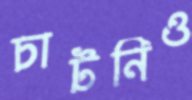
চাটনিও